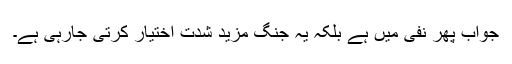
جواب پھر نفی میں ہے بلکہ یہ جنگ مزید شدت اختیار کرتی جارہی ہے۔